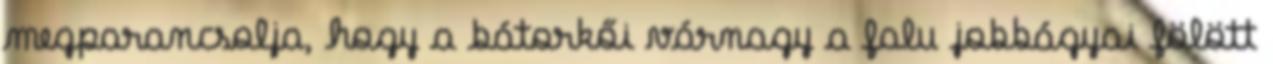
megparancsolja, hogy a bátorkői várnagy a falu jobbágyai fölött